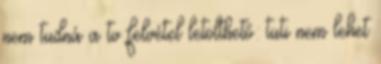
nem tudná a tv felvétel letölthető: tuti nem lehet